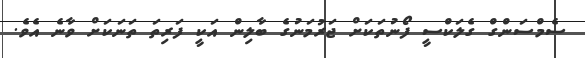
ސެމްސަންގް ގެލަކްސީ ފޯނުތަކަށް ޖަރުމަނުގެ ބާލިން އަކީ ފަރިތަ ތަނަކަށް ވާނެ އެވެ.